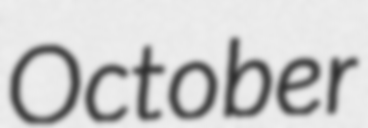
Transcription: October